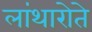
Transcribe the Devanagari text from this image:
लांथारोते